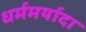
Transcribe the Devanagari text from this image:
धर्ममर्यादा